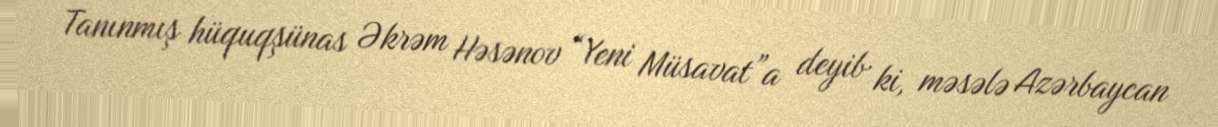
Tanınmış hüquqşünas Əkrəm Həsənov “Yeni Müsavat”a deyib ki, məsələ Azərbaycan